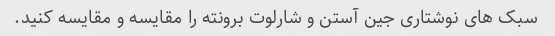
سبک های نوشتاری جین آستن و شارلوت برونته را مقایسه و مقایسه کنید.